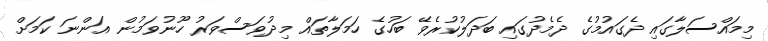
މިމައްސަލާގައި ދެގައުމުގެ ދެމެދުގައި ބަދަލުކުރެވޭ ބަހުގެ ހަމަލާތައް މިދުވަސްވަރު ހޫނުވަމުން އަންނަ ކަމަށް